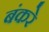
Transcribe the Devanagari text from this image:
बंकरे